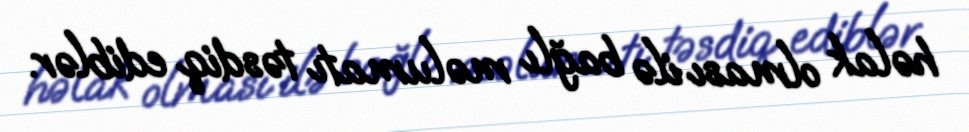
həlak olması ilə bağlı məlumatı təsdiq ediblər.